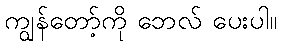
ကျွန်တော့်ကို ဘေလ် ပေးပါ။